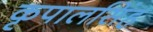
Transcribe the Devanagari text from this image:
कृपालसिंह